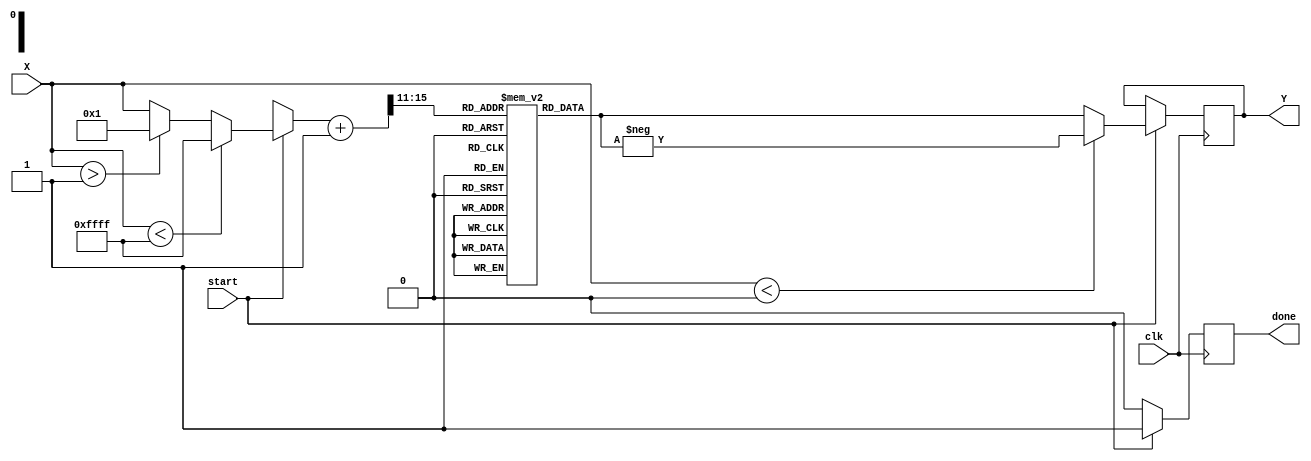
module atan_block (
    input wire signed [15:0] X,  // Input: signed fixed-point number (16 bits)
    output reg signed [15:0] Y,   // Output: signed fixed-point angle in radians (16 bits)
    input wire clk,               // Clock signal
    input wire start,             // Start signal for computation
    output reg done               // Done signal for computation
);

    // Lookup table for atan values (simplified for demonstration)
    reg signed [15:0] atan_lut [0:31]; // 32 entries for input range [-1, 1]
    initial begin
        // Populate the lookup table with precomputed atan values
        atan_lut[0]  = 16'h0000; // atan(0) = 0
        atan_lut[1]  = 16'h0C90; // atan(0.1)  0.09967
        atan_lut[2]  = 16'h1414; // atan(0.2)  0.1974
        atan_lut[3]  = 16'h1C71; // atan(0.3)  0.2915
        atan_lut[4]  = 16'h2283; // atan(0.4)  0.3805
        atan_lut[5]  = 16'h2A3D; // atan(0.5)  0.4636
        atan_lut[6]  = 16'h30C9; // atan(0.6)  0.5404
        atan_lut[7]  = 16'h36D9; // atan(0.7)  0.6107
        atan_lut[8]  = 16'h3C9A; // atan(0.8)  0.6747
        atan_lut[9]  = 16'h4200; // atan(0.9)  0.7328
        atan_lut[10] = 16'h45A0; // atan(1.0) = /4  0.7854
        // Fill in more values as needed...
        // Negative values can be derived from symmetry: atan(-x) = -atan(x)
    end

    reg [4:0] index; // Index for lookup table
    reg signed [15:0] input_normalized; // Normalized input
    reg signed [15:0] output_temp; // Temporary output storage

    always @(posedge clk) begin
        if (start) begin
            // Normalize input to range [-1, 1]
            if (X < -16'h0001) begin
                input_normalized = -16'h0001; // Clamp to -1
            end else if (X > 16'h0001) begin
                input_normalized = 16'h0001; // Clamp to 1
            end else begin
                input_normalized = X; // Use input directly
            end

            // Calculate index for lookup table (assuming input is scaled)
            index = (input_normalized + 16'h0001) >> 11; // Scale to [0, 31]

            // Lookup the atan value
            output_temp = atan_lut[index];

            // Adjust output for negative input
            if (X < 0) begin
                Y = -output_temp; // Negate for negative input
            end else begin
                Y = output_temp; // Positive input
            end

            done <= 1'b1; // Signal that computation is done
        end else begin
            done <= 1'b0; // Reset done signal
        end
    end

endmodule